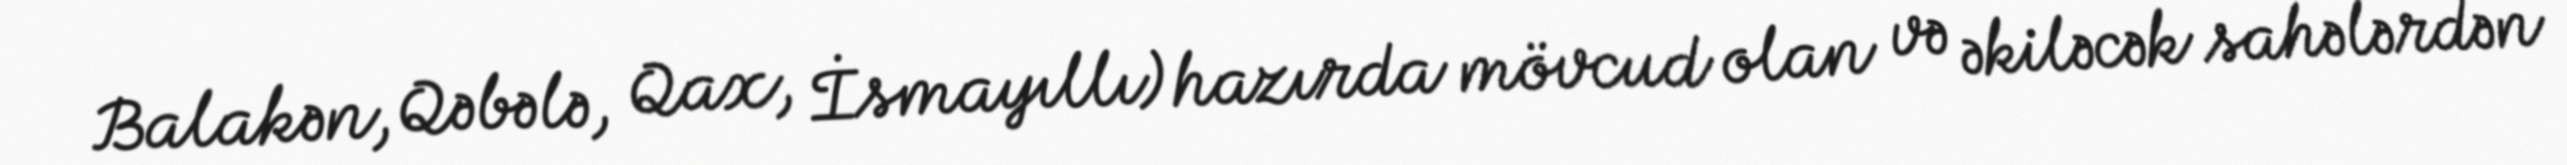
Balakən, Qəbələ, Qax, İsmayıllı) hazırda mövcud olan və əkiləcək sahələrdən